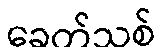
ခေတ်သစ်